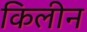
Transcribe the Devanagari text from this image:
किलीन